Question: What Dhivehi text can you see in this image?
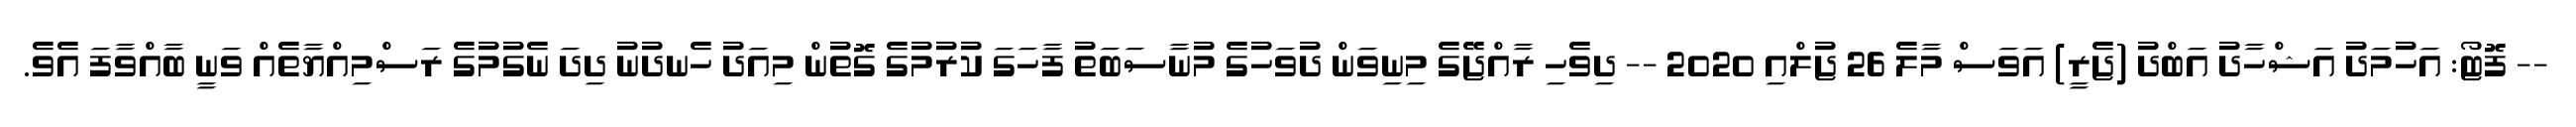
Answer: -- ފޮޓޯ: އަހުމަދު އަޝްހާދު އަބްދު (ޖެރީ) އަވަސް މާލެ 26 ޖުލްއި 2020 -- ދިވެހި ރާއްޖޭގެ މިނިވަން ދުވަހުގެ މުނާސަބަތު ފާހަގަ ކުރުމުގެ ގޮތުން މިއަދު ހެނދުނު ދިދަ ނެގުމުގެ ރަސްމިއްޔާތެއް ވަނީ ބާއްވާފަ އެވެ.